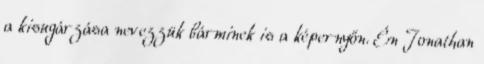
a kisugárzása nevezzük bárminek is a képernyőn. Én Jonathan